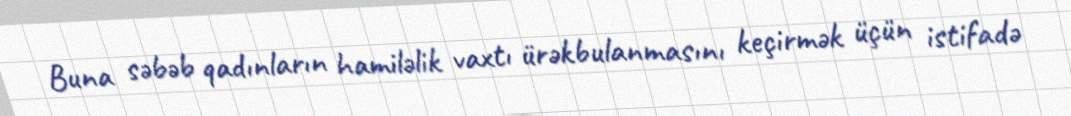
Buna səbəb qadınların hamiləlik vaxtı ürəkbulanmasını keçirmək üçün istifadə